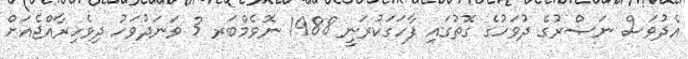
އެދުވަސް ނަޞްރުގެ ދުވަހުގެ ގޮތުގައި ފާހަގަކުރަނީ 1988 ނޮވެމްބަރ 3 ވަނަދުވަހު ދިވެހިރާއްޖެއަށް